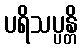
ပရိသပ္ပန္တိ